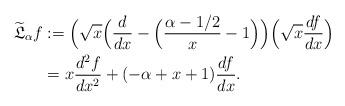
LaTeX: \begin{align*}\widetilde{\mathfrak{L}}_\alpha f &:=\Big(\sqrt{x}\Big( \frac{d}{dx}-\Big(\frac{\alpha-1/2}{x} -1\Big)\Big)\Big(\sqrt{x} \frac{df}{dx} \Big) \\&=x\frac{d^2f}{dx^2} + (-\alpha +x+1) \frac{df}{dx}.\end{align*}